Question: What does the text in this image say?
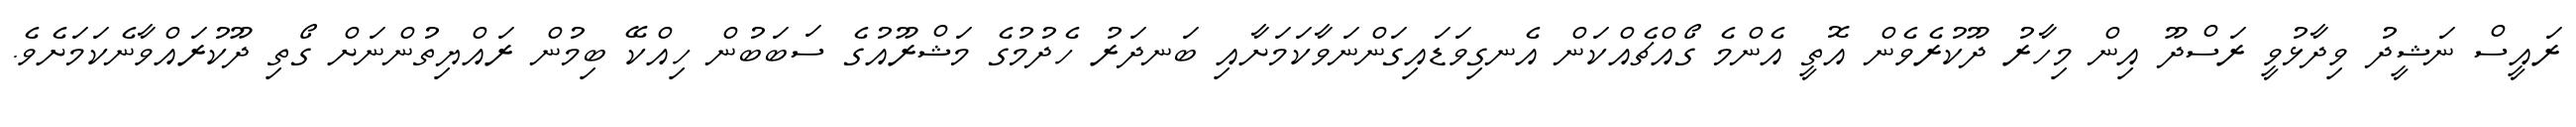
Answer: ރައީސް ނަޝީދު ވިދާޅުވީ ރަސްދޫ އިން މިހާރު ދޫކުރެވެން އޮތީ އެންމެ ގޯއްޗެއްކަން އެނގިވަޑައިގަންނަވާކަމަށާއި ބަނދަރު ހެދުމުގެ މަޝްރޫއުގެ ސަބަބުން ހިއްކޭ ބިމުން ރައްޔިތުންނަށް ގޯތި ދޫކުރައްވާނެކަމަށެވެ.